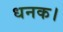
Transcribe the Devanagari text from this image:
धनक।